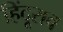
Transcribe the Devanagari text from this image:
हिंदूराव